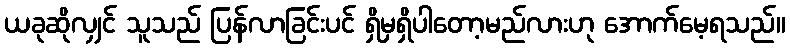
ယခုဆိုလျှင် သူသည် ပြန်လာခြင်းပင် ရှိမှရှိပါတော့မည်လားဟု အောက်မေ့ရသည်။